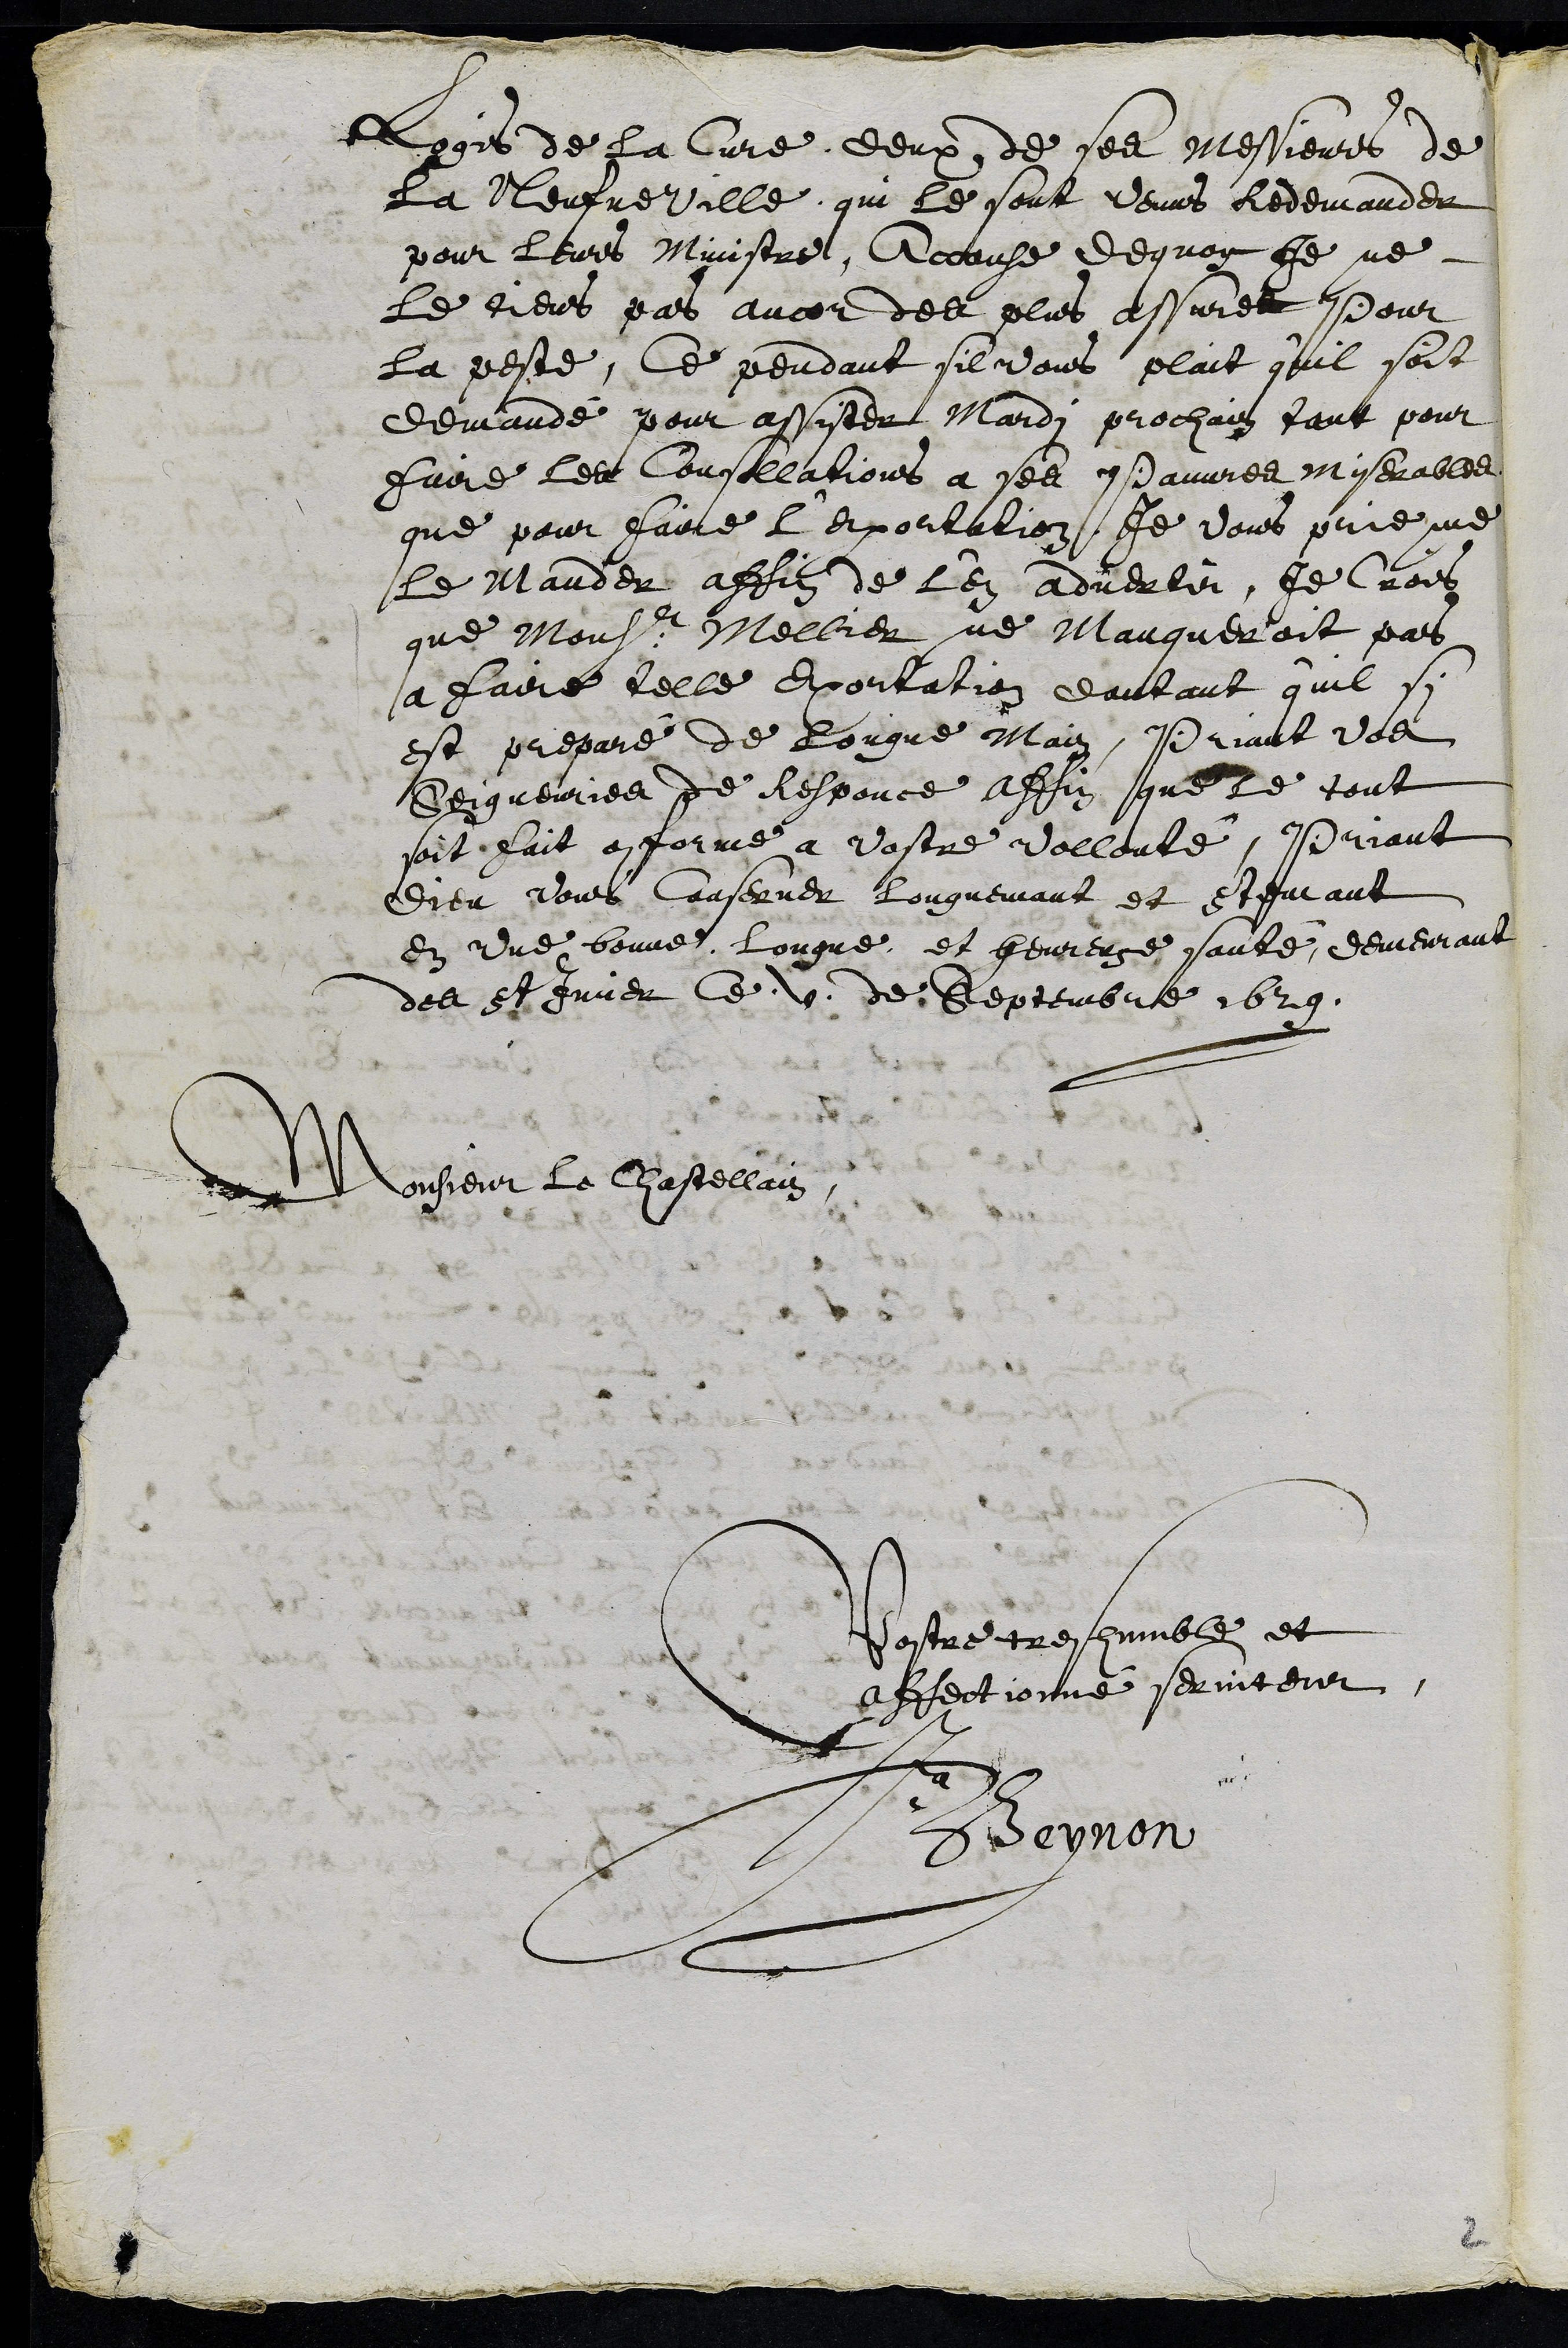
Logis de la Cure deux de ses Messieurs de
La Neufveville, qui le sont venus Redemander
pour leurs Ministre, Accause dequoy Je ne
le tiens pas ancor des plus assuree pour
la peste, Ce pendant sil vous plait qu'il soit
demandé pour assister Mardi prochain tant pour
faire les Consollations a ses pauvres miserables
que pour faire l'Exortation Je vous prie me
le mander affin de l'en advertir, je crois
que Monsieur Mellier ne Manqueroit pas
a faire telle Exortation dautant qu'il si
est preparé de longue main, Priant vos
Seigneuries de Responce affin que le tout
soit fait conforme a vostre vollenté, Priant
Dieu vous conserver longuemant et constemant
en une bonne Longue et heureuse santé, demeurant
des St Imier ce V de Septembre 1629
Monsieur le Chastellain
Vostre tres humble, et
effectionné serviteur,
Ja
Beynon
2